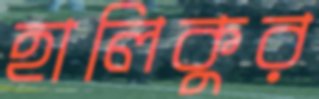
হালিকুর